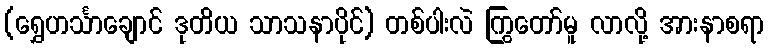
(ရွှေဟင်္သာချောင် ဒုတိယ သာသနာပိုင်) တစ်ပါးလဲ ကြွတော်မူ လာလို့ အားနာစရာ